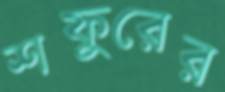
শফুরের